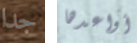
جدا أواعدها